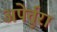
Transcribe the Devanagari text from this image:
अपेर्तुरा